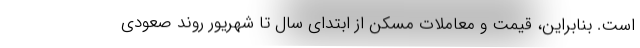
است. بنابراین، قیمت و معاملات مسکن از ابتدای سال تا شهریور روند صعودی